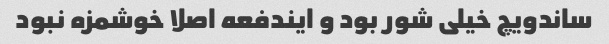
ساندویچ خیلی شور بود و ایندفعه اصلا خوشمزه نبود